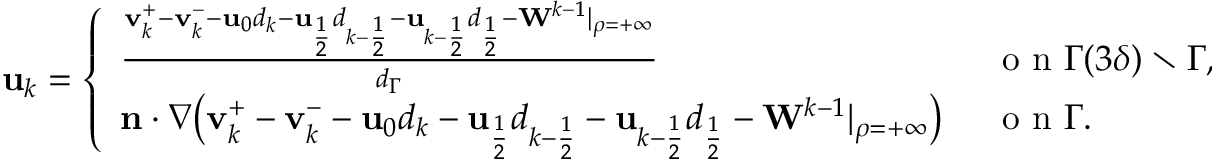
\begin{array} { r } { \mathbf { u } _ { k } = \left\{ \begin{array} { l l } { \frac { \mathbf { v } _ { k } ^ { + } - \mathbf { v } _ { k } ^ { - } - \mathbf { u } _ { 0 } d _ { k } - \mathbf { u } _ { \frac { 1 } { 2 } } d _ { k - \frac { 1 } { 2 } } - \mathbf { u } _ { k - \frac { 1 } { 2 } } d _ { \frac { 1 } { 2 } } - \mathbf { W } ^ { k - 1 } | _ { \rho = + \infty } } { d _ { \Gamma } } } & { \ \mathrm { ~ o ~ n ~ } \Gamma ( 3 \delta ) \setminus \Gamma , } \\ { \mathbf { n } \cdot \nabla \big ( \mathbf { v } _ { k } ^ { + } - \mathbf { v } _ { k } ^ { - } - \mathbf { u } _ { 0 } d _ { k } - \mathbf { u } _ { \frac { 1 } { 2 } } d _ { k - \frac { 1 } { 2 } } - \mathbf { u } _ { k - \frac { 1 } { 2 } } d _ { \frac { 1 } { 2 } } - \mathbf { W } ^ { k - 1 } | _ { \rho = + \infty } \big ) } & { \ \mathrm { ~ o ~ n ~ } \Gamma . } \end{array} \right. } \end{array}